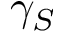
\gamma _ { S }